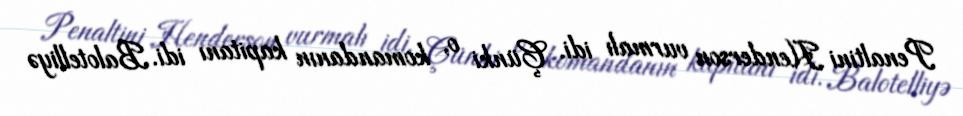
Penaltini Henderson vurmalı idi. Çünki o, komandanın kapitanı idi. Balotelliyə